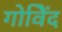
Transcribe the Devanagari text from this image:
गोविेंद